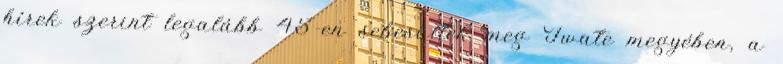
hírek szerint legalább 45-en sebesültek meg Iwate megyében, a